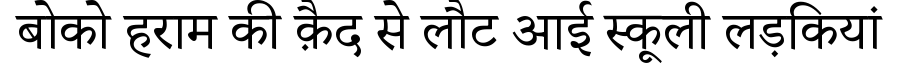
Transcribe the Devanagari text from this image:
बोको हराम की क़ैद से लौट आई स्कूली लड़कियां